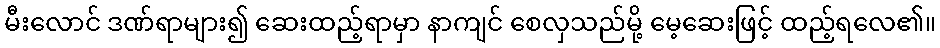
မီးလောင် ဒဏ်ရာများ၍ ဆေးထည့်ရာမှာ နာကျင် စေလှသည်မို့ မေ့ဆေးဖြင့် ထည့်ရလေ၏။